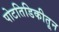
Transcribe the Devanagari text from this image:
पोटतिडिकीतून